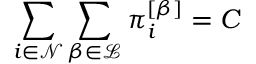
\sum _ { i \in \mathcal { N } } \sum _ { \beta \in \mathcal { L } } \pi _ { i } ^ { \left[ \beta \right] } = C